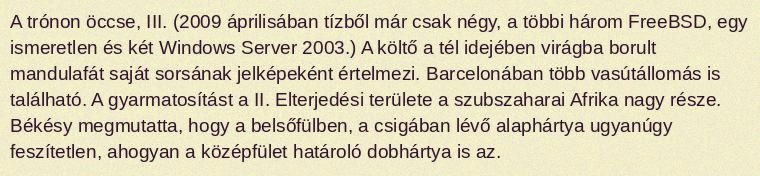
A trónon öccse, III. (2009 áprilisában tízből már csak négy, a többi három FreeBSD, egy ismeretlen és két Windows Server 2003.) A költő a tél idejében virágba borult mandulafát saját sorsának jelképeként értelmezi. Barcelonában több vasútállomás is található. A gyarmatosítást a II. Elterjedési területe a szubszaharai Afrika nagy része. Békésy megmutatta, hogy a belsőfülben, a csigában lévő alaphártya ugyanúgy feszítetlen, ahogyan a középfület határoló dobhártya is az.